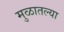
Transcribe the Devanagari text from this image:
मुळातल्या